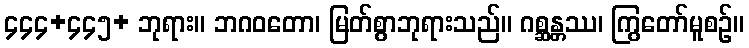
၄၄၄+၄၄၅+ ဘုရား။ ဘဂဝတော၊ မြတ်စွာဘုရားသည်။ ဂစ္ဆန္တဿ၊ ကြွတော်မူစဉ်။